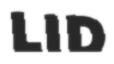
LID